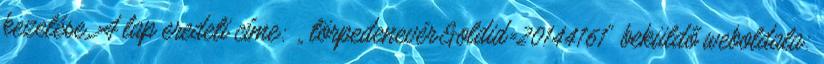
kezelése. A lap eredeti címe: „ törpedenevér&oldid=20144161” beküldő weboldala: